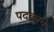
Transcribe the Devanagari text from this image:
पदकाचे